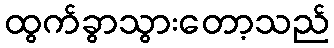
ထွက်ခွာသွားတော့သည်